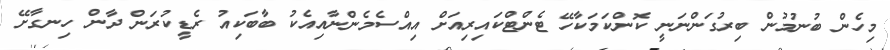
މިހެން ބުނުމުން ބިރުގަންނަނީ ކޮންކަމަކާހޭ ޓެންޓްކައިރިއަށް އިއްސެމެންނާއިއެކު ބާބަކިއު ރެޑީކުރަން ދާން ހިނގާށޭ